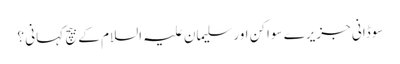
سوڈانی جزیرے سواکن اور سلیمان علیہ السلام کے بیچ کہانی ؟